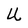
Character: U